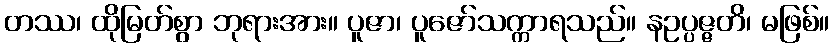
တဿ၊ ထိုမြတ်စွာ ဘုရားအား။ ပူဇာ၊ ပူဇော်သက္ကာရသည်။ နဥပ္ပဇ္ဇတိ၊ မဖြစ်။